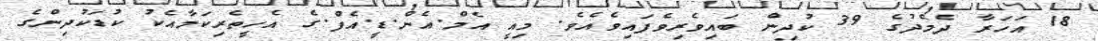
18 އަހަރާ ދެމެދުގެ 39 ކުދިން ބައިވެރިވެފައިވެއެވެ. މިއީ އެމް.އެން.ޑީ.އެފް.ގެ އެހީތެރިކަމާއެކު ކުޑަކުދިންގެ